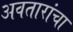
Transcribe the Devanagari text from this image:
अवतारांचा